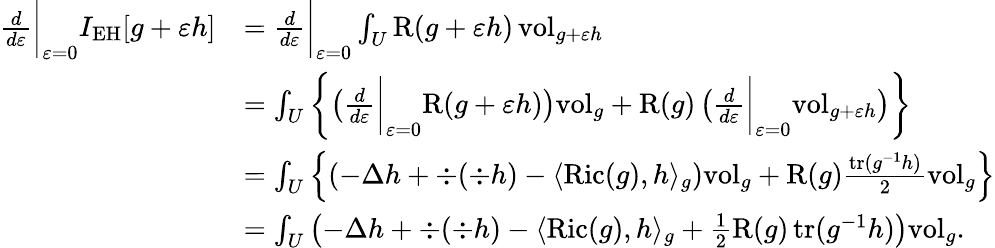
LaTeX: \begin{array}{rl}{\frac{d}{d\varepsilon}\bigg\vert_{\varepsilon=0}I_{\mathrm{EH}}[g+\varepsilon h]}&{=\frac{d}{d\varepsilon}\bigg\vert_{\varepsilon=0}\int_{U}\mathrm{R}(g+\varepsilon h)\, \mathrm{vol}_{g+\varepsilon h}}\\ &{=\int_{U}\left\{ \left(\frac{d}{d\varepsilon}\bigg\vert_{\varepsilon=0}\mathrm{R}(g+\varepsilon h)\right)\mathrm{vol}_{g}+\mathrm{R}(g)\left(\frac{d}{d\varepsilon}\bigg\vert_{\varepsilon=0}\mathrm{vol}_{g+\varepsilon h}\right)\right\} }\\ &{=\int_{U}\left\{ \left(-\Delta h+\div(\div h)-\langle\mathrm{Ric}(g),h\rangle_{g}\right)\mathrm{vol}_{g}+\mathrm{R}(g)\frac{\mathrm{tr}(g^{-1}h)}{2}\mathrm{vol}_{g}\right\} }\\ &{=\int_{U}\left(-\Delta h+\div(\div h)-\langle\mathrm{Ric}(g),h\rangle_{g}+\frac{1}{2}\mathrm{R}(g)\, \mathrm{tr}(g^{-1}h)\right)\mathrm{vol}_{g}.}\end{array}